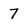
Character: 7